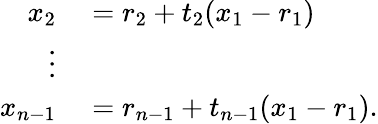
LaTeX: \begin{array}{rl}{x_{2}}&{{}=r_{2}+t_{2}(x_{1}-r_{1})}\\ {\vdots}&{{}}\\ {x_{n-1}}&{{}=r_{n-1}+t_{n-1}(x_{1}-r_{1}).}\end{array}